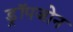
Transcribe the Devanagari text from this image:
ड्रॉपजोन